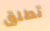
تطلق